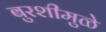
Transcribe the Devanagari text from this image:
बुरशीमुळे